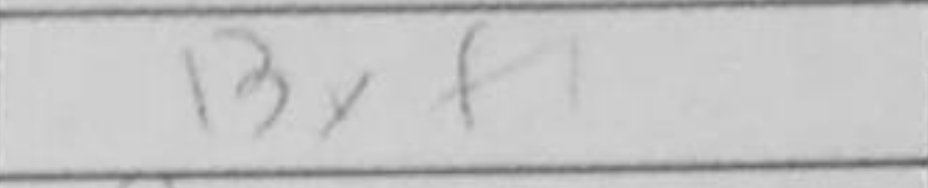
Transcription: Bxf1